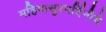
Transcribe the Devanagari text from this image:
महिषासुरमर्दिनीचे